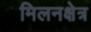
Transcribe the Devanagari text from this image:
मिलनक्षेत्र